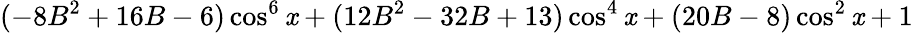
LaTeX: (-8B^{2}+16B-6)\cos^{6}\mathit{x}+(12B^{2}-32B+13)\cos^{4}\mathit{x}+(20B-8)\cos^{2}\mathit{x}+1